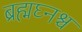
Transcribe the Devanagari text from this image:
ब्रह्मघ्नश्च